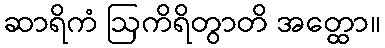
ဆာရိကံ ဩကိရိတွာတိ အတ္ထော။